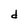
Character: d